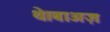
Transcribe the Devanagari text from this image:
थे।बाअज़